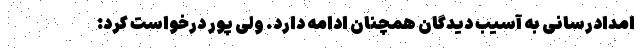
امدادرسانی به آسیب دیدگان همچنان ادامه دارد. ولی پور درخواست کرد: